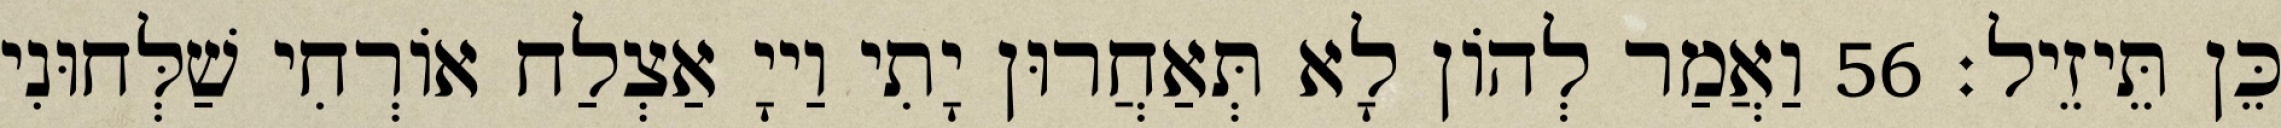
כֵּן תֵּיזֵיל׃ 56 וַאֲמַר לְהוֹן לָא תְּאַחֲרוּן יָתִי וַייָ אַצְלַח אוֹרְחִי שַׁלְּחוּנִי